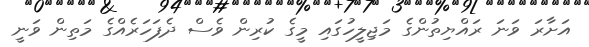
އަށާރަ ވަނަ ރައްޔިތުންގެ މަޖިލީހުގައި މީގެ ކުރިން ވެސް ދެފަހަރެއްގެ މަތިން ވަނީ